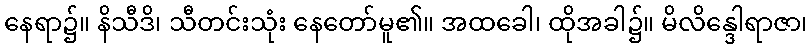
နေရာ၌။ နိသီဒိ၊ သီတင်းသုံး နေတော်မူ၏။ အထခေါ၊ ထိုအခါ၌။ မိလိန္ဒေါရာဇာ၊